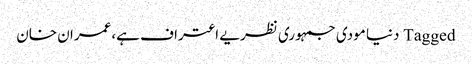
Tagged دنیا مودی جمہوری نظریے اعتراف ہے،عمران خان